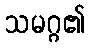
သမဂ္ဂ၏